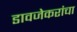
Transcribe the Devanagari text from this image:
डावजेकरांचा